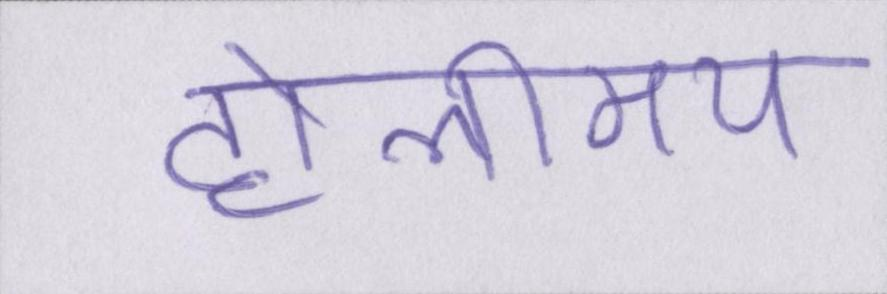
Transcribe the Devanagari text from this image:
होलीमय